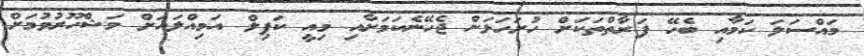
މައްސަލަ ކަމާއި ބެހޭ ފަރާތްތަކަށް ހުށަހަޅަން ޖެހޭނެކަމަށާއި މިއީ ކަޕިލް އަމިއްލައަށް މަޝްހޫރުވުމަށް